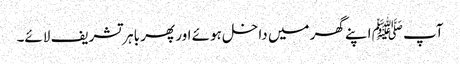
آپ ﷺ اپنے گھر میں داخل ہوئے اور پھر باہر تشریف لائے۔